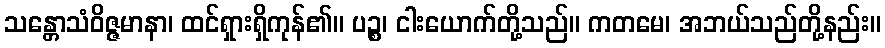
သန္တောသံဝိဇ္ဇမာနာ၊ ထင်ရှားရှိကုန်၏။ ပဉ္စ၊ ငါးယောက်တို့သည်။ ကတမေ၊ အဘယ်သည်တို့နည်း။